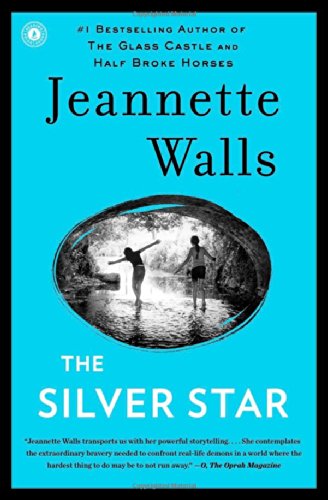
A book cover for The Silver Star: A Novel; Jeannette Walls; Literature & Fiction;